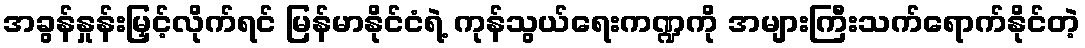
အခွန်နှုန်းမြှင့်လိုက်ရင် မြန်မာနိုင်ငံရဲ့ ကုန်သွယ်ရေးကဏ္ဍကို အများကြီးသက်ရောက်နိုင်တဲ့